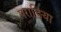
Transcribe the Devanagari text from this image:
पराङिया